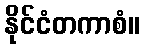
နိုင်ငံတကာစံ။